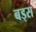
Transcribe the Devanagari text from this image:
बड्स